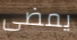
يمضى